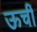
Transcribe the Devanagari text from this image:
ऊचीं